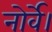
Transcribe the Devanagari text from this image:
नोर्वे।